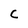
Character: C